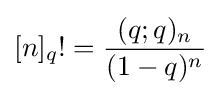
[n]_{q}!={\frac {(q;q)_{n}}{(1-q)^{n}}}